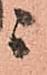
ニ